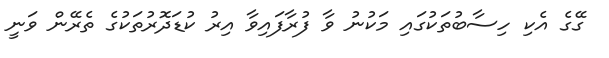
ގޭގެ އެކި ހިސާބުތަކުގައި މަކުނު ވާ ފުރާފައިވާ އިރު ކުޑަދޮރުތަކުގެ ތެރޭން ވަނީ